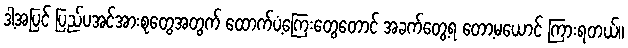
ဒါ့အပြင် ပြည်ပအင်အားစုတွေအတွက် ထောက်ပံ့ကြေးတွေတောင် အခက်တွေ့ရ တော့မယောင် ကြားရတယ်။